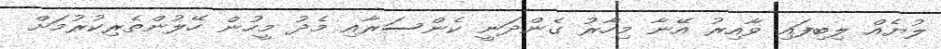
ލުޔެއް ލިބިފައި ވާއިރު އޭނާ މިހާރު ގެންދަނީ ކެންސަރާއި މެދު މީހުން ހޭލުންތެރިކުރުމަށް